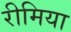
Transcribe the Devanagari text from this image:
रीमिया